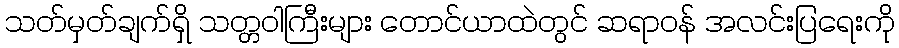
သတ်မှတ်ချက်ရှိ သတ္တဝါကြီးများ တောင်ယာထဲတွင် ဆရာဝန် အလင်းပြရေးကို